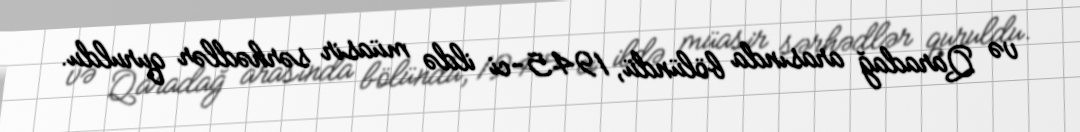
və Qaradağ arasında bölündü, 1945-ci ildə müasir sərhədlər quruldu.